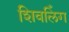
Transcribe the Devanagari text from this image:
शिवलिँग